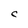
Character: C